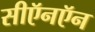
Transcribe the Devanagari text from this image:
सीऍनऍन